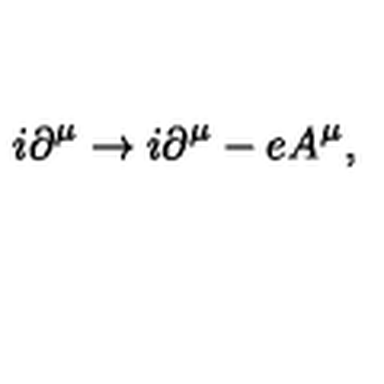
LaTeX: i \partial ^ { \mu } \rightarrow i \partial ^ { \mu } - e A ^ { \mu } ,